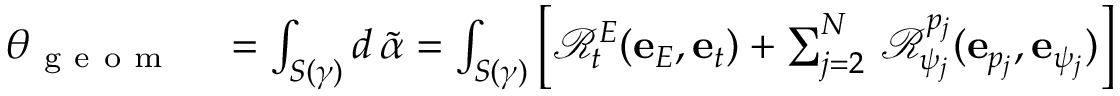
\begin{array} { r l } { \theta _ { \mathrm { ~ g ~ e ~ o ~ m ~ } } } & { { } = \int _ { S ( \gamma ) } d \, \widetilde { \alpha } = \int _ { S ( \gamma ) } \left[ \mathcal { R } _ { t } ^ { E } ( \mathbf { e } _ { E } , \mathbf { e } _ { t } ) + \sum _ { j = 2 } ^ { N } \, \mathcal { R } _ { \psi _ { j } } ^ { p _ { j } } ( \mathbf { e } _ { p _ { j } } , \mathbf { e } _ { \psi _ { j } } ) \right] } \end{array}